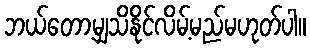
ဘယ်တော့မျှသိနိုင်လိမ့်မည်မဟုတ်ပါ။